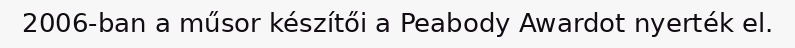
2006-ban a műsor készítői a Peabody Awardot nyerték el.